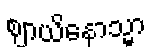
ဈာယိနောသ္မာ